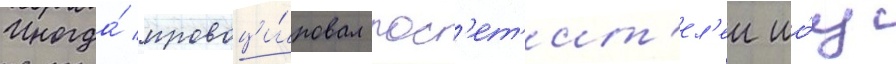
Иногда́ провоци́ровал пос'ет'ит'ел'еи шо́у